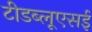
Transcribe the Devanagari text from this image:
टीडब्लूएसई